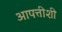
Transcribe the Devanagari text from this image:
आपत्तीशी